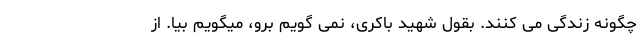
چگونه زندگی می کنند. بقول شهید باکری، نمی گویم برو، میگویم بیا. از